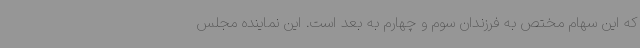
که این سهام مختص به فرزندان سوم و چهارم به بعد است. این نماینده مجلس